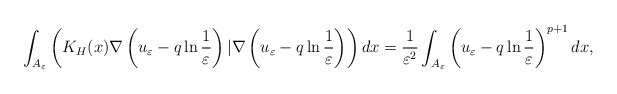
\begin{align*}\int_{A_\varepsilon}\left( K_H(x)\nabla \left( u_\varepsilon-q\ln\frac{1}{\varepsilon}\right) | \nabla \left( u_\varepsilon-q\ln\frac{1}{\varepsilon}\right) \right) dx=\frac{1}{\varepsilon^2}\int_{A_\varepsilon}\left( u_\varepsilon-q\ln\frac{1}{\varepsilon}\right) ^{p+1}dx,\end{align*}